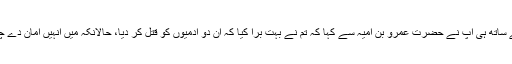
اس کے ساتھ ہی آپؐ نے حضرت عمروؓ بن امیہ سے کہا کہ تم نے بہت برا کیا کہ ان دو آدمیوں کو قتل کر دیا، حالانکہ میں انہیں امان دے چکا تھا۔